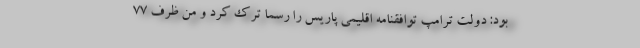
بود: دولت ترامپ توافقنامه اقلیمی پاریس را رسما ترک کرد و من ظرف ۷۷